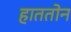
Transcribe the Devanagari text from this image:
हाततोन